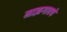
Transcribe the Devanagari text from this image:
माझगावचे